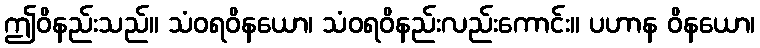
ဤဝိနည်းသည်။ သံဝရဝိနယော၊ သံဝရဝိနည်းလည်းကောင်း။ ပဟာန ဝိနယော၊